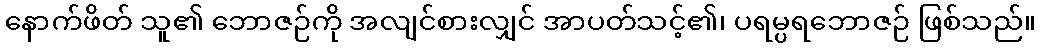
နောက်ဖိတ် သူ၏ ဘောဇဉ်ကို အလျင်စားလျှင် အာပတ်သင့်၏၊ ပရမ္ပရဘောဇဉ် ဖြစ်သည်။